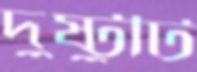
দুষ্টুটি